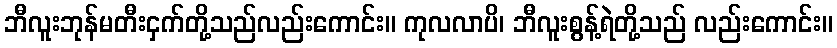
ဘီလူးဘုန်မတီးငှက်တို့သည်လည်းကောင်း။ ကုလလာပိ၊ ဘီလူးစွန့်ရဲတို့သည် လည်းကောင်း။